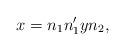
LaTeX: \begin{align*} x = n_1n'_1yn_2,\end{align*}